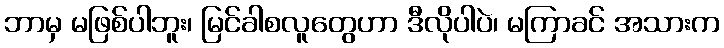
ဘာမှ မဖြစ်ပါဘူး၊ မြင်ခါစလူတွေဟာ ဒီလိုပါပဲ၊ မကြာခင် အသားက